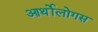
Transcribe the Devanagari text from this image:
आर्थोलोगस